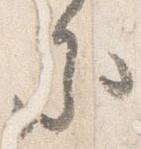
参